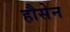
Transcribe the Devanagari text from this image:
हौसेन